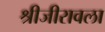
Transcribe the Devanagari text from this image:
श्रीजीरावला